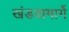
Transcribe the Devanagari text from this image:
खंडवामार्गे